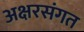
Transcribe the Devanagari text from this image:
अक्षरसंगत